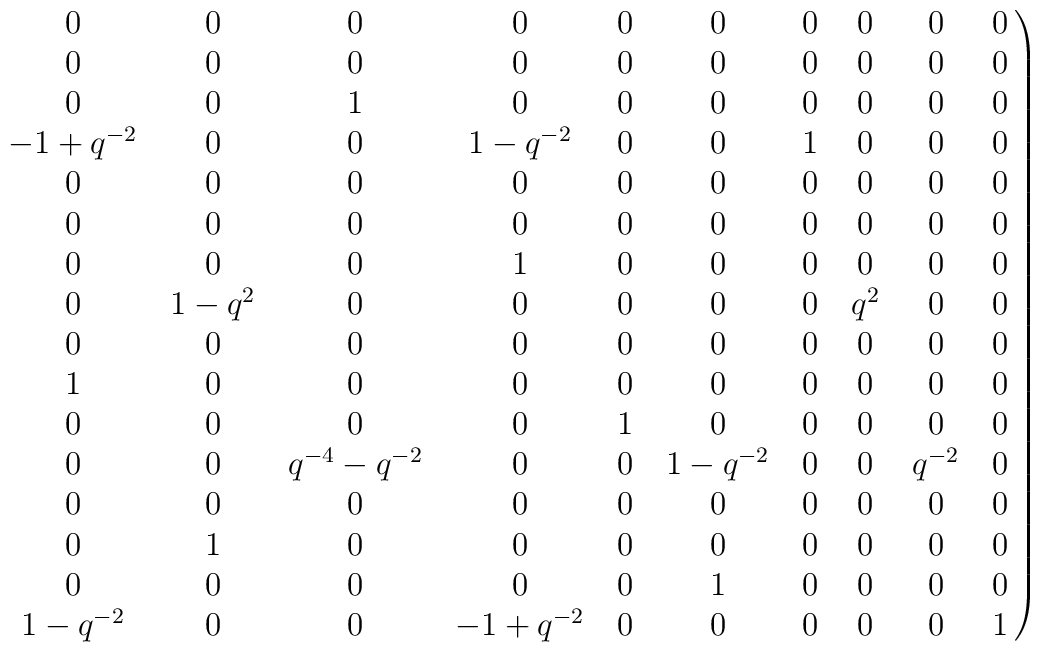
\left.\matrix{0 & 0 & 0 & 0 & 0 & 0 & 0 & 0 & 0 & 0 \cr0 & 0 &  0 & 0 & 0 & 0 & 0 & 0 & 0 & 0 \cr0 & 0 & 1 & 0 & 0 & 0 & 0 & 0 & 0 & 0 \cr-1 + q^{-2} & 0 &  0 & 1 - {q^{-2}} & 0 & 0 & 1 & 0 & 0 & 0 \cr0 & 0 &  0 & 0 & 0 & 0 & 0 & 0 & 0 & 0 \cr0 & 0 &  0 & 0 & 0 & 0 & 0 & 0 & 0 & 0 \cr0 & 0 &  0 & 1 & 0 & 0 & 0 & 0 & 0 & 0 \cr0 & 1 - q^{2} &  0 & 0 & 0 & 0 & 0 & {q^{2}} & 0 & 0 \cr0 & 0 &  0 & 0 & 0 & 0 & 0 & 0 & 0 & 0 \cr1 & 0 &  0 & 0 & 0 & 0 & 0 & 0 & 0 & 0 \cr0 & 0 &  0 & 0 & 1 & 0 & 0 & 0 & 0 & 0 \cr0 & 0 &  {q^{-4}} - {q^{-2}} & 0 & 0 & 1 - {q^{-2}} & 0 & 0 & {q^{-2}} &  0 \cr0 & 0 &  0 & 0 & 0 & 0 & 0 & 0 & 0 & 0 \cr0 & 1 &  0 & 0 & 0 & 0 & 0 & 0 & 0 & 0   \cr0 & 0 &  0 & 0 & 0 & 1 & 0 & 0 & 0 & 0   \cr1 - q^{-2} & 0 &  0 & -1 + {q^{-2}} & 0 & 0 & 0 & 0 & 0 & 1 \cr  } \right)